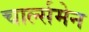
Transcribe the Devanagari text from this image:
चार्ल्समेन